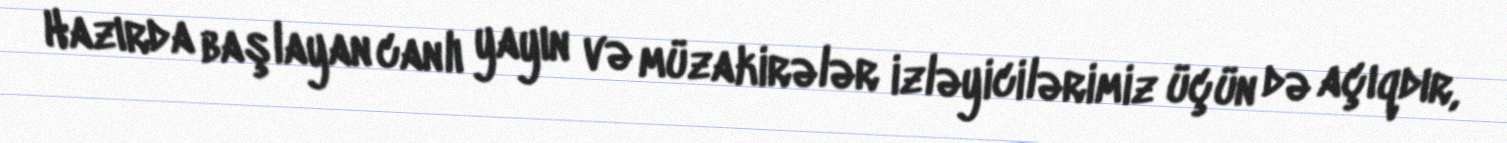
Hazırda başlayan canlı yayın və müzakirələr izləyicilərimiz üçün də açıqdır,